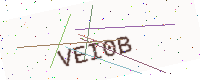
Text: VEI0B